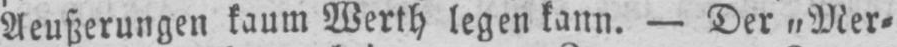
Aeußerungen kaum Werth legen kann. - Der „Mer⸗